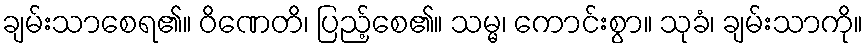
ချမ်းသာစေရ၏။ ဝိဏေတိ၊ ပြည့်စေ၏။ သမ္မ၊ ကောင်းစွာ။ သုခံ၊ ချမ်းသာကို။